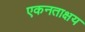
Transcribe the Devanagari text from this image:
एकनताक्षय